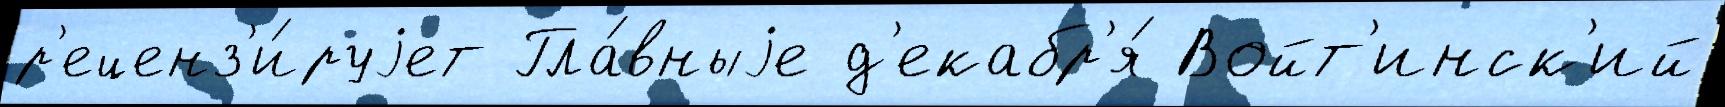
р'еценз'и́руjет Гла́вныjе д'екабр'я́ Войт'инск'ий